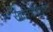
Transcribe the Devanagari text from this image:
सावित्रीबाईशी